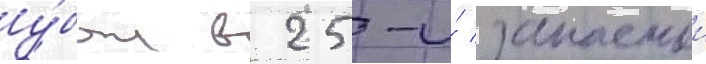
у́был в 25-и́ запаснои